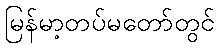
မြန်မာ့တပ်မတော်တွင်